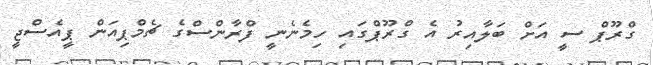
ގްރޫޕް ސީ އަށް ބަލާއިރު އެ ގްރޫޕްގައި ހިމެނެނީ ފްރާންސްގެ ޗެމްޕިއަން ޕީއެސްޖީ